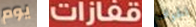
يوم قفازات الحواف